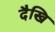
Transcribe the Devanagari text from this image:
दैखि